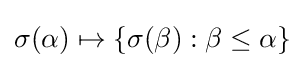
\sigma (\alpha )\mapsto \{\sigma (\beta ):\beta \leq \alpha \}